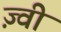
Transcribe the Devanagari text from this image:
ज़्वी